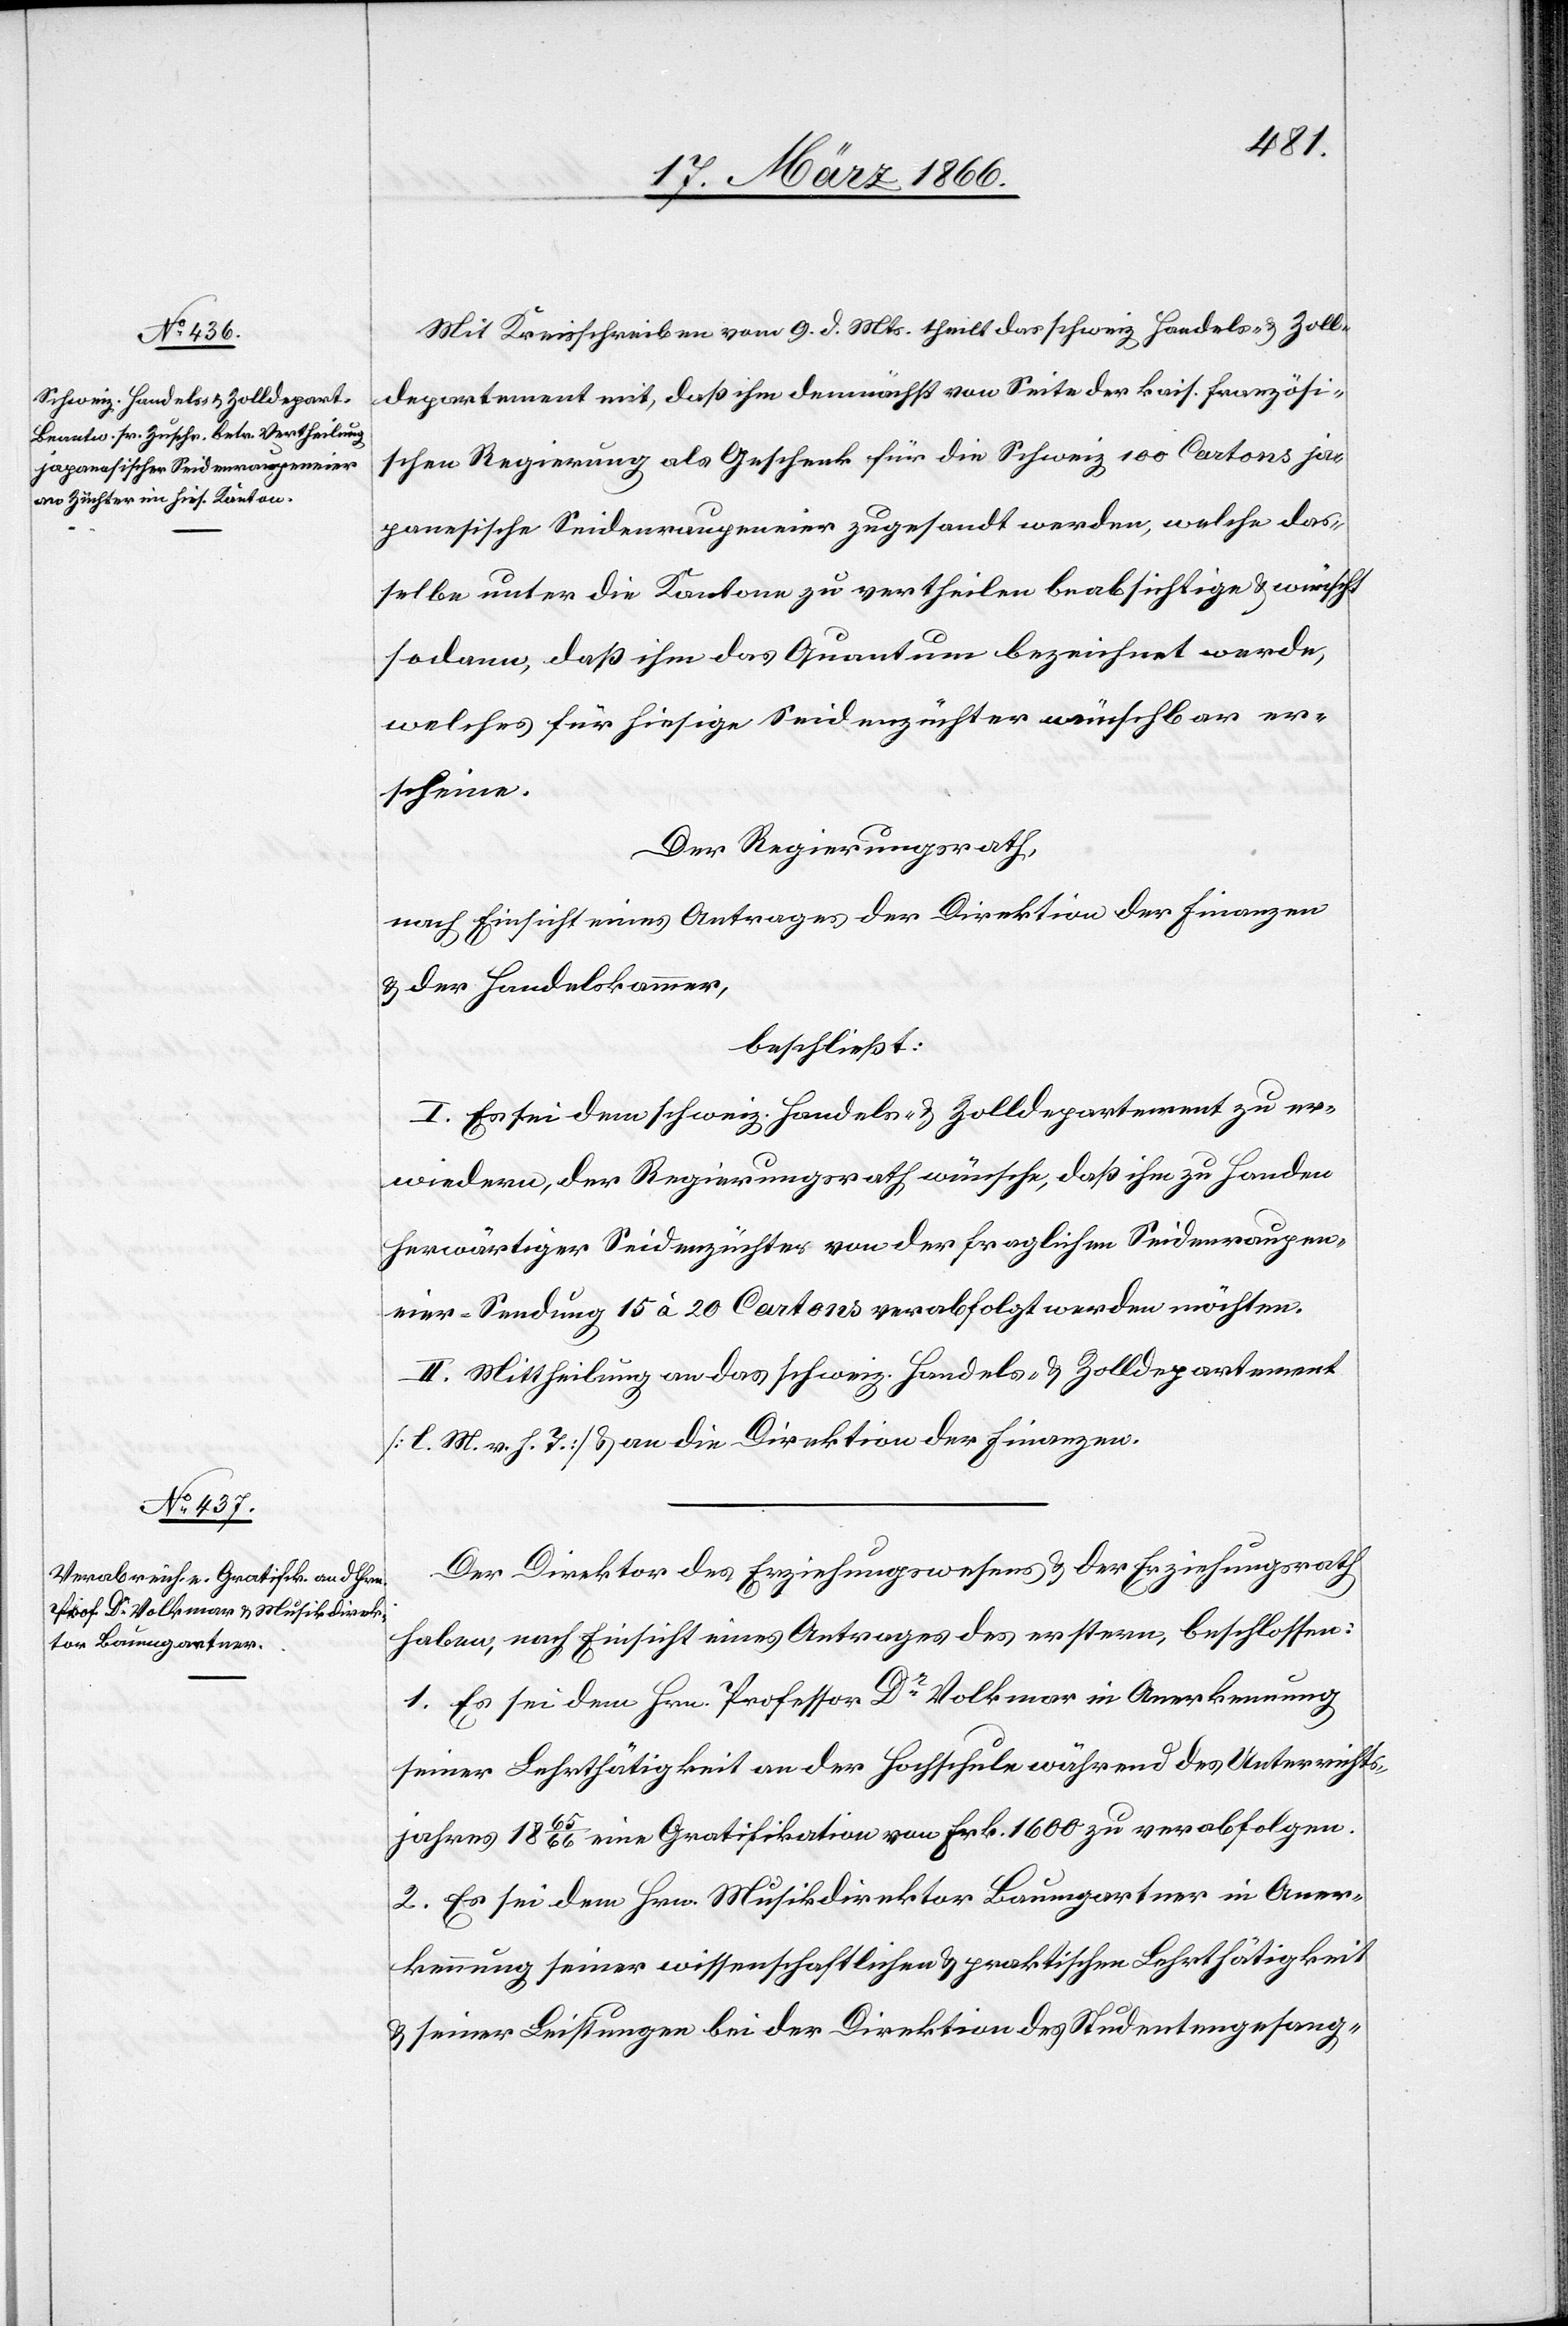
Mit Kreisschreiben vom 9. d. Mts. theilt das schweiz. Handels- u. Zoll¬
departement mit, daß ihm demnächst von Seite der kais. französi¬
schen Regierung als Geschenk für die Schweiz 100 Cartons ja¬
panische Seidenraupeneier zugesandt werden, welche das¬
selbe unter die Kantone zu vertheilen beabsichtige u. wünscht
sodann, daß ihm das Quantum bezeichnet werde,
welches für hiesige Seidenzüchter wünschbar er¬
scheine.
Der Regierungsrath,
nach Einsicht eines Antrages der Direktion der Finanzen
u. der Handelskammer,
beschließt:
I. Es sei dem schweiz. Handels- u. Zolldepartement zu er¬
wiedern, der Regierungsrath wünsche, daß ihm zu Handen
herwärtiger Seidenzüchter von der fraglichen Seidenraupen¬
eier-Sendung 15 à 20 Cartons verabfolgt werden möchten.
II. Mittheilung an das schweiz. Handels- u. Zolldepartement
[l. M. v. h. T.] u. an die Direktion der Finanzen.
Der Direktor des Erziehungswesens u. der Erziehungsrath
haben, nach Einsicht eines Antrages des erstern, beschlossen:
1. Es sei dem Hrn. Professor Dr. Volkmar in Anerkennung
seiner Lehrthätigkeit an der Hochschule während des Unterrichts¬
jahres 1865/66 eine Gratifikation von Frk. 1600 zu verabfolgen.
2. Es sei dem Hrn. Musikdirektor Baumgartner in Aner¬
kennung seiner wissenschaftlichen u. praktischen Lehrthätigkeit
u. seiner Leistungen bei der Direktion des Studentengesang-